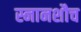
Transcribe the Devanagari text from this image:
स्नानशौच